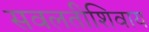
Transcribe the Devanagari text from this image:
सवलतीशिवाय